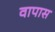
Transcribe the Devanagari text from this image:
वापास